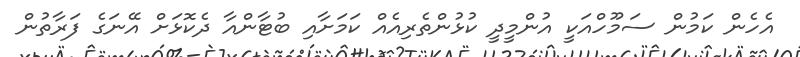
އެހެން ކަމުން ސަމޫހްއަކީ އުންމީދީ ކުޅުންތެރިއެއް ކަމަށާއި ބުޓާންއާ ދެކޮޅަށް އޭނަގެ ފަރާތުން